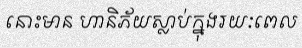
នោះមាន ហានិភ័យស្លាប់ក្នុងរយៈពេល